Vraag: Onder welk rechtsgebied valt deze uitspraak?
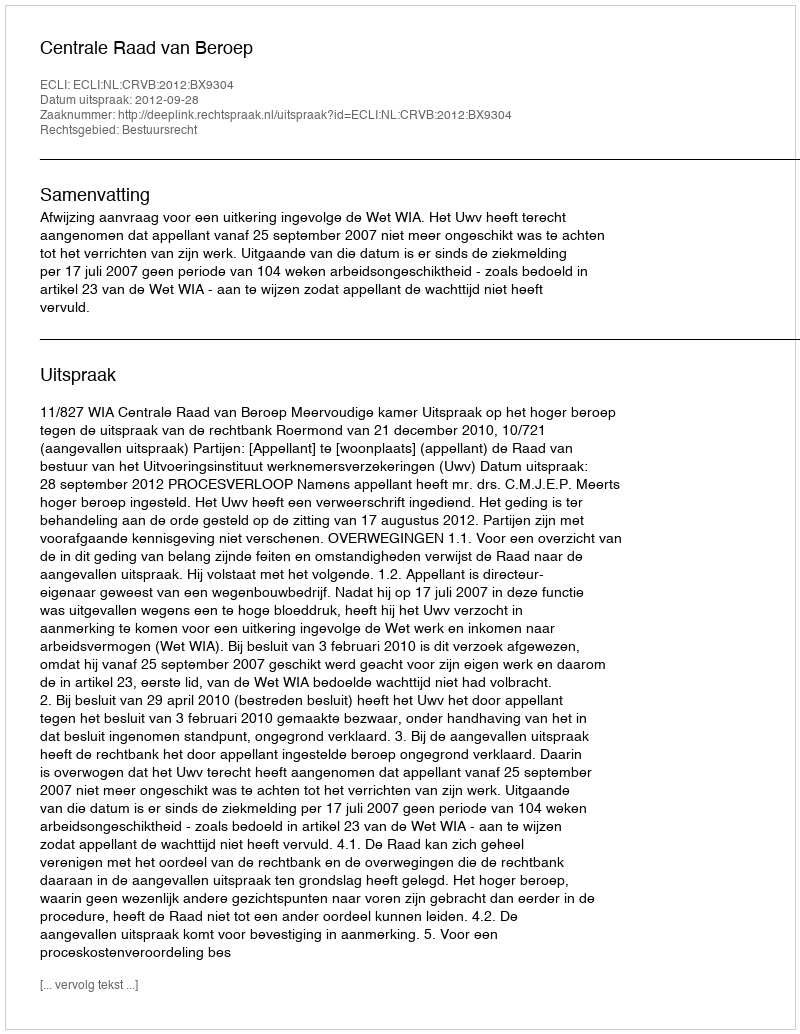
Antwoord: Bestuursrecht